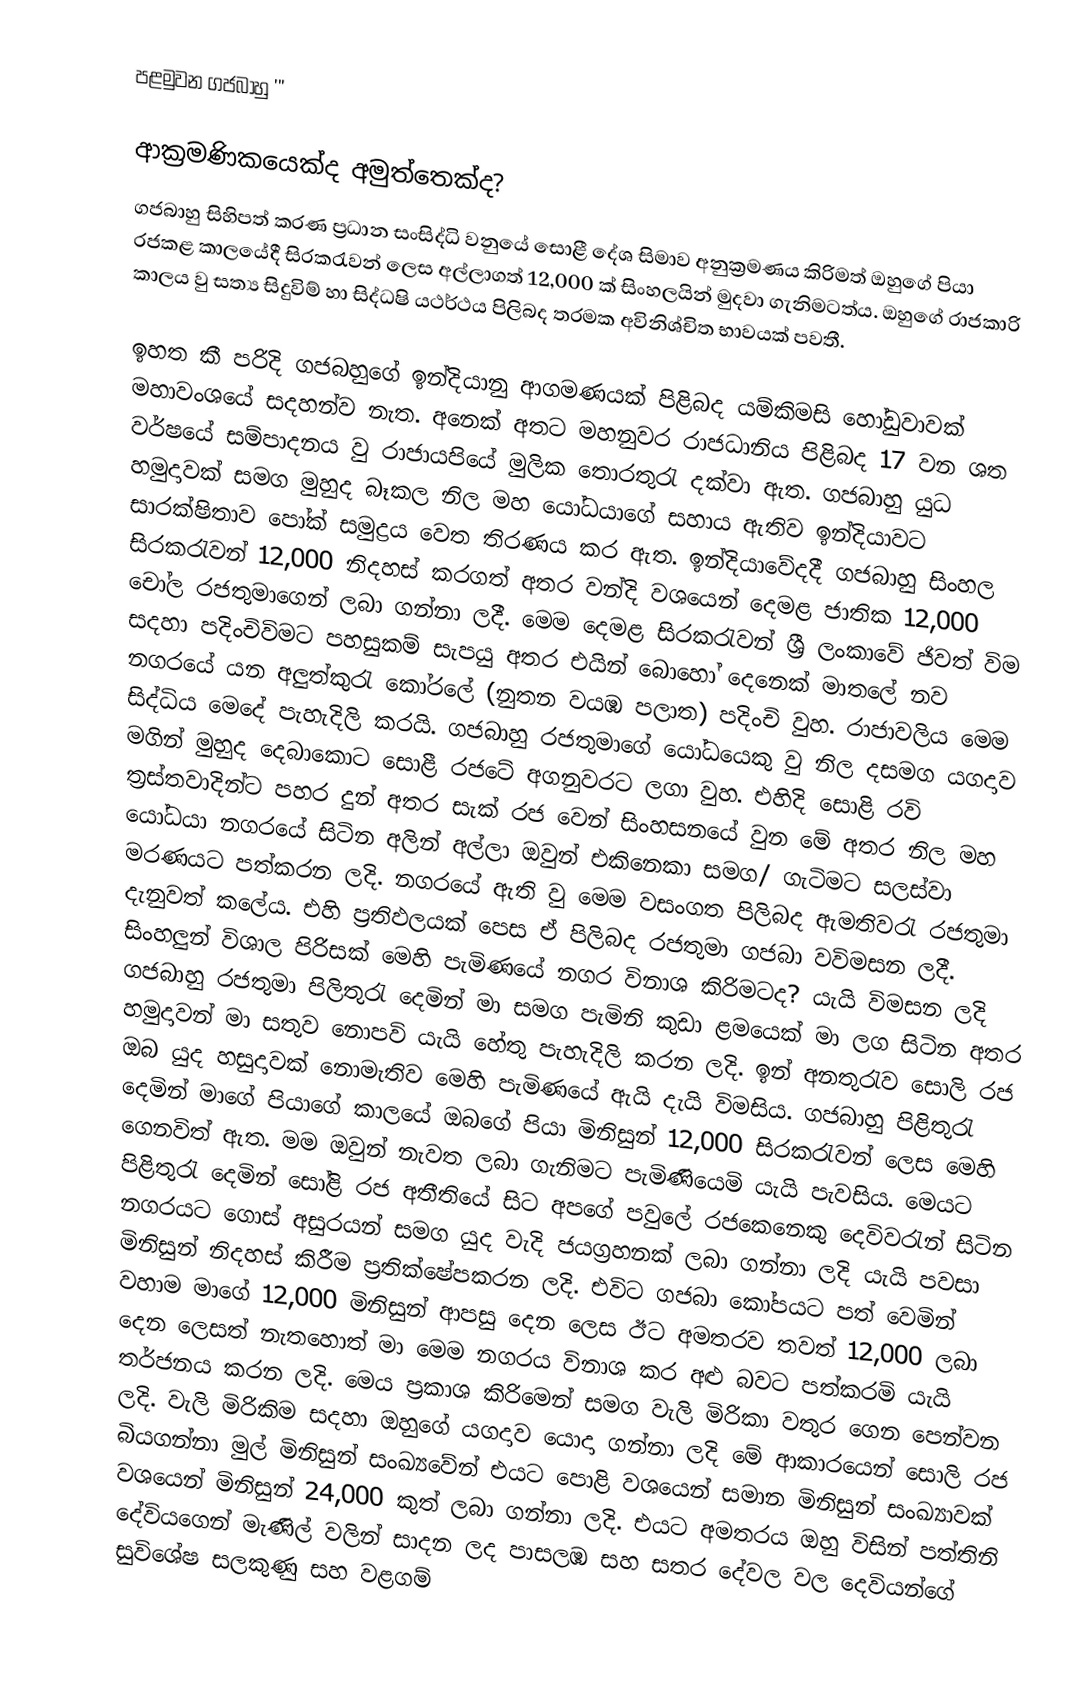
පළමුවන ගජබාහු  '''

ආක්‍රමණිකයෙක්ද අමුත්තෙක්ද?
ගජබාහු සිහිපත් කරණ ප්‍රධාන සංසිද්ධි වනුයේ සොළී දේශ සිමාව අනුක්‍රමණය කිරිමත් ඔහුගේ පියා රජකළ කාලයේදී සිරකරැවන් ලෙස අල්ලාගත් 12,000 ක් සිංහලයින් මුදවා ගැනිමටත්ය. ඔහුගේ රාජකාරි කාලය වු සත්‍ය සිදුවිම් හා සිද්ධෂි යථර්ථය පිලිබද තරමක අවිනිශ්චිත භාවයක් පවතී.

ඉහත කී පරිදි ගජබහුගේ ඉන්දියානු ආගමණයක් පිළිබද යම්කිමසි හෝඩුවාවක් මහාවංශයේ සදහන්ව නැත. අනෙක් අතට මහනුවර රාජධානිය පිළිබද 17 වන ශත වර්ෂයේ සම්පාදනය වු රාජායපියේ මුලික තොරතුරැ දක්වා ඇත. ගජබාහු යුධ හමුදාවක් සමග මුහුද බෑකල නිල මහ යෝධයාගේ සහාය ඇතිව ඉන්දියාවට සාරක්ෂිතාව පෝක් සමුද්‍රය වෙත තිරණය කර ඇත. ඉන්දියාවේදදී ගජබාහු සිංහල සිරකරැවන් 12,000 නිදහස් කරගත් අතර වන්දි වශයෙන් දෙමළ ජාතික  12,000 චෝල රජතුමාගෙන් ලබා ගන්නා ලදී. මෙම දෙමළ සිරකරැවන් ශ්‍රී ලංකාවේ ජිවත් විම සදහා පදිංචිවිමට පහසුකම් සැපයු අතර එයින් බොහෝ දෙනෙක් මාතලේ නව නගරයේ යන අලුත්කුරැ කෝරලේ (නුතන වයඹ පලාත) පදිංචි වුහ. රාජාවලිය මෙම සිද්ධිය මෙදේ පැහැදිලි කරයි. ගජබාහු රජතුමාගේ යෝධයෙකු වු නිල දසමග යගදාව මගින් මුහුද දෙබාකොට සොළී රජටේ අගනුවරට ලගා වුහ. එහිදි සොළි රවි ත්‍රස්තවාදින්ට පහර දුන් අතර සැක් රජ වෙන් සිංහසනයේ වුන මේ අතර නිල මහ යෝධයා නගරයේ සිටින අලින් අල්ලා ඔවුන් එකිනෙකා සමග/ ගැටිමට සලස්වා මරණයට පත්කරන ලදි. නගරයේ ඇති වු මෙම වසංගත පිලිබද ඇමතිවරැ රජතුමා දැනුවත් කලේය. එහි ප්‍රතිඵලයක් පෙස ඒ පිලිබද රජතුමා ගජබා වවිමසන ලදී.  සිංහලුන් විශාල පිරිසක් මෙහි පැමිණයේ නගර විනාශ කිරිමටද? යැයි විමසන ලදි ගජබාහු රජතුමා පිලිතුරැ දෙමින් මා සමග පැමිනි කුඩා ළමයෙක් මා ලග සිටින අතර හමුදාවන් මා සතුව නොපවි යැයි හේතු පැහැදිලි කරන ලදි. ඉන් අනතුරැව සොලි රජ ඔබ යුද හසුදාවක් නොමැතිව මෙහි පැමිණයේ ඇයි දැයි විමසිය. ගජබාහු පිළිතුරැ දෙමින් මාගේ පියාගේ කාලයේ ඔබගේ පියා මිනිසුන් 12,000 සිරකරැවන් ලෙස මෙහි ගෙනවිත් ඇත. මම ඔවුන් නැවත ලබා ගැනිමට පැමිණියෙමි යැයි පැවසිය. මෙයට පිළිතුරැ දෙමින් සෝළි රජ අතීතියේ සිට අපගේ පවුලේ රජකෙනෙකු දෙවිවරැන් සිටින නගරයට ගොස් අසුරයන් සමග යුද වැදි ජයග්‍රහනක් ලබා ගන්නා ලදි යැයි පවසා මිනිසුන් නිදහස් කිරීම ප්‍රතික්ෂේපකරන ලදි. එවිට ගජබා කෝපයට පත්‍ වෙමින් වහාම මාගේ 12,000 මිනිසුන් ආපසු දෙන ලෙස ඊට අමතරව තවත් 12,000 ලබා දෙන ලෙසත් නැතහොත් මා මෙම නගරය විනාශ කර අළු බවට පත්කරමි යැයි තර්ජනය කරන ලදි. මෙය ප්‍රකාශ කිරිමෙන් සමග වැලි මිරිකා වතුර ගෙන පෙන්වන ලදි. වැලි මිරිකිම සදහා ඔහුගේ යගදාව යොදා ගන්නා ලදි මේ ආකාරයෙන් සොලි රජ බියගන්නා මුල් මිනිසුන් සංඛ්‍යවේන් එයට පොළි වශයෙන් සමාන මිනිසුන් සංඛ්‍යාවක් වශයෙන් මිනිසුන් 24,000 කුත් ලබා ගන්නා ලදි. එයට අමතරය ඔහු විසින් පත්තිනි දේවියගෙන් මැණිල් වලින් සාදන ලද පාසලඹ සහ සතර දේවල වල දෙවියන්ගේ සුවිශේෂ සලකුණු සහ වළගම්